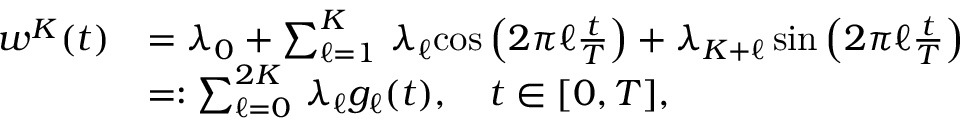
\begin{array} { r l } { w ^ { K } ( t ) } & { = \lambda _ { 0 } + \sum _ { \ell = 1 } ^ { K } \, \lambda _ { \ell } { \cos \left( 2 \pi \ell \frac { t } { T } \right) } + \lambda _ { K + \ell } \, { \sin \left( 2 \pi \ell \frac { t } { T } \right) } } \\ & { = : \sum _ { \ell = 0 } ^ { 2 K } \, \lambda _ { \ell } g _ { \ell } ( t ) , \quad t \in [ 0 , T ] , } \end{array}